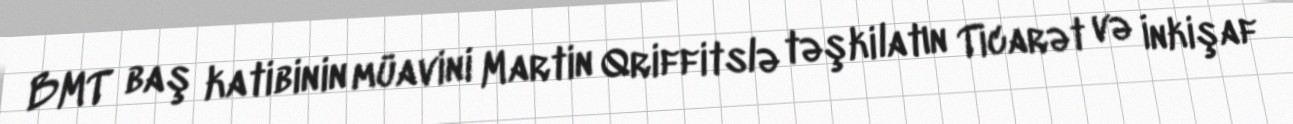
BMT baş katibinin müavini Martin Qriffitslə təşkilatın Ticarət və İnkişaf